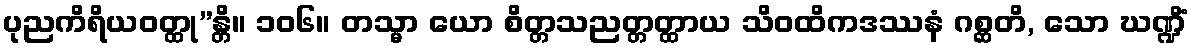
ပုညကိရိယဝတ္ထု”န္တိ။ ၁၀၆။ တသ္မာ ယော စိတ္တသညတ္တတ္ထာယ သိဝထိကဒဿနံ ဂစ္ဆတိ, သော ဃဏ္ဍိံ